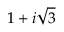
1 + i { \sqrt { 3 } }